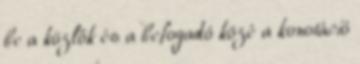
be a közlők és a befogadó közé a konotáció